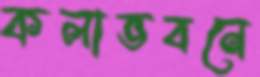
কলাভবনে